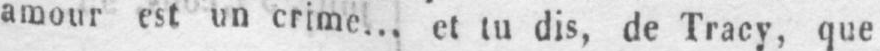
amour est un crime... et tu dis, de Tracy, que